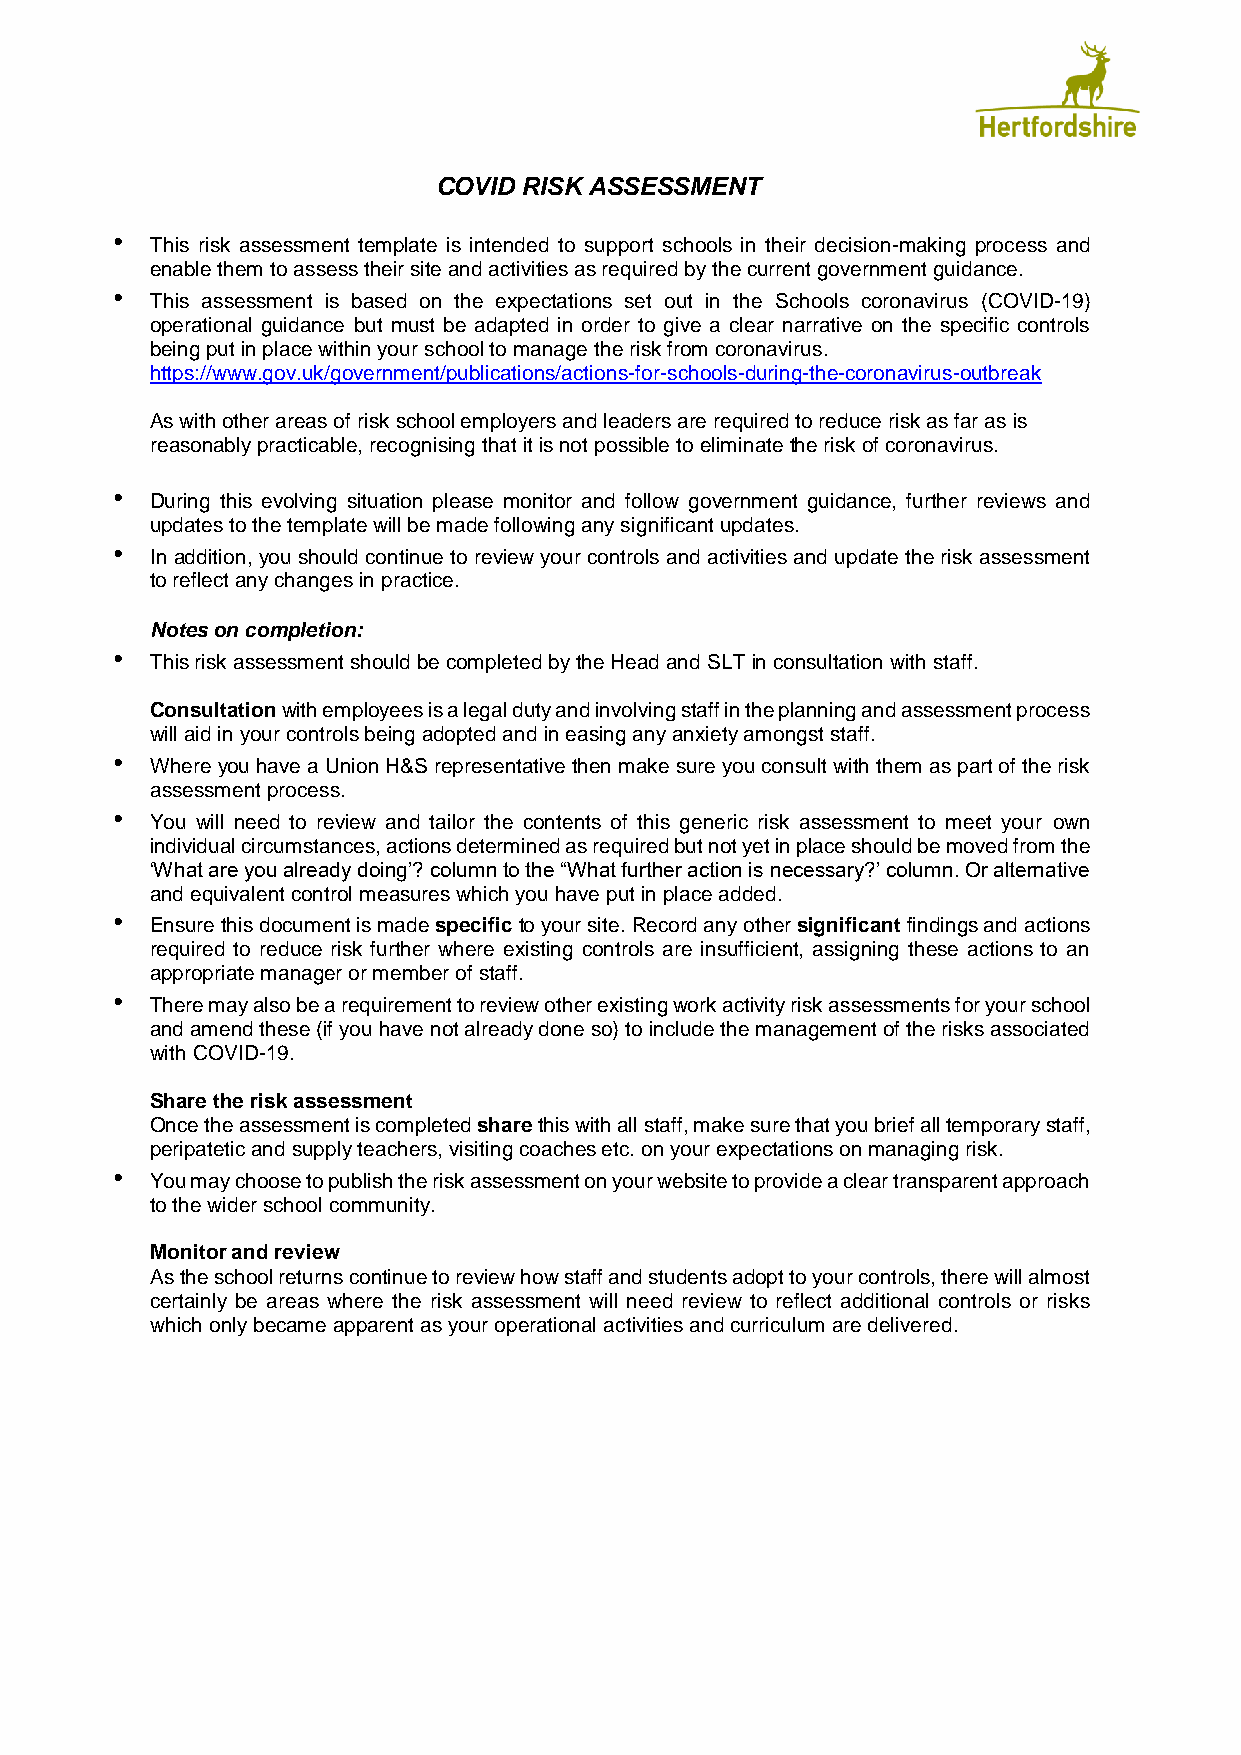
COVID RISK ASSESSMENT
 •
 This risk assessment template is intended to support schools in their decision-making process and
 enable them to assess their site and activities as required by the current government guidance.
 •
 This assessment is based on the expectations set out in the Schools coronavirus (COVID-19)
 operational guidance but must be adapted in order to give a clear narrative on the specific controls
 being put in place within your school to manage the risk from coronavirus.
 https://www.gov.uk/government/publications/actions-for-schools-during-the-coronavirus-outbreak
 As with other areas of risk school employers and leaders are required to reduce risk as far as is
 reasonably practicable, recognising that it is not possible to eliminate the risk of coronavirus.
 •
 During this evolving situation please monitor and follow government guidance, further reviews and
 updates to the template will be made following any significant updates.
 •
 In addition, you should continue to review your controls and activities and update the risk assessment
 to reflect any changes in practice.
 Notes on completion:
 •
 This risk assessment should be completed by the Head and SLT in consultation with staff.
 Consultation with employees is a legal duty and involving staff in the planning and assessment process
 will aid in your controls being adopted and in easing any anxiety amongst staff.
 •
 Where you have a Union H&S representative then make sure you consult with them as part of the risk
 assessment process.
 •
 You will need to review and tailor the contents of this generic risk assessment to meet your own
 individual circumstances, actions determined as required but not yet in place should be moved from the
 ‘What are you already doing’? column to the “What further action is necessary?’ column. Or alternative
 and equivalent control measures which you have put in place added.
 •
 Ensure this document is made specific to your site. Record any other significant findings and actions
 required to reduce risk further where existing controls are insufficient, assigning these actions to an
 appropriate manager or member of staff.
 •
 There may also be a requirement to review other existing work activity risk assessments for your school
 and amend these (if you have not already done so) to include the management of the risks associated
 with COVID-19.
 Share the risk assessment
 Once the assessment is completed share this with all staff, make sure that you brief all temporary staff,
 peripatetic and supply teachers, visiting coaches etc. on your expectations on managing risk.
 •
 You may choose to publish the risk assessment on your website to provide a clear transparent approach
 to the wider school community.
 Monitor and review
 As the school returns continue to review how staff and students adopt to your controls, there will almost
 certainly be areas where the risk assessment will need review to reflect additional controls or risks
 which only became apparent as your operational activities and curriculum are delivered.